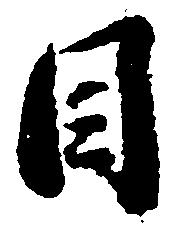
目